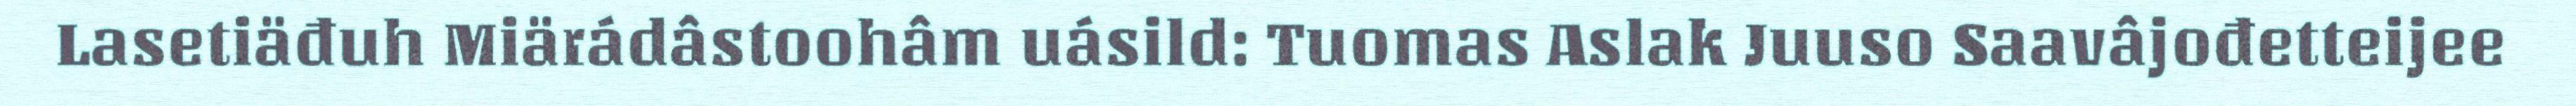
Lasetiäđuh Miärádâstoohâm uásild: Tuomas Aslak Juuso Saavâjođetteijee